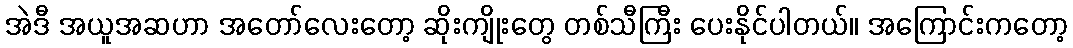
အဲဒီ အယူအဆဟာ အတော်လေးတော့ ဆိုးကျိုးတွေ တစ်သီကြီး ပေးနိုင်ပါတယ်။ အကြောင်းကတော့